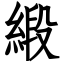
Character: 緞